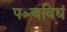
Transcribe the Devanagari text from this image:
पञ्चविधं